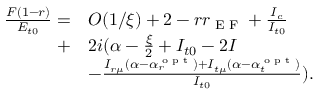
\begin{array} { r l } { \frac { F ( 1 - r ) } { E _ { t 0 } } = } & { O ( 1 / \xi ) + 2 - r r _ { \textrm { E F } } + \frac { I _ { c } } { I _ { t 0 } } } \\ { + } & { 2 i ( \alpha - \frac { \xi } { 2 } + I _ { t 0 } - 2 I } \\ & { - \frac { I _ { r \mu } ( \alpha - \alpha _ { r } ^ { \textrm { o p t } } ) + I _ { t \mu } ( \alpha - \alpha _ { t } ^ { \textrm { o p t } } ) } { I _ { t 0 } } ) . } \end{array}